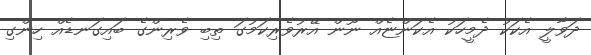
ދަވާލީ އެކަކު ދެމީހަކު އެކަންޏެއް ނޫން އޭރުވެރިކަމުގަ ތިބި ވެރިންގެ ބައިގަނޑެއް ހިންގި